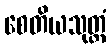
စေတိယသုတ္တံ